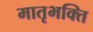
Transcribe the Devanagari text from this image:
मातृभक्ति